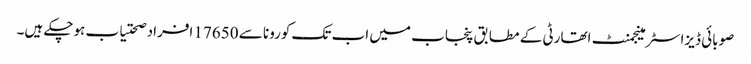
صوبائی ڈیزاسٹر مینجمنٹ اتھارٹی کے مطابق پنجاب میں اب تک کورونا سے 17650 افراد صحتیاب ہوچکے ہیں۔